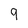
Character: 9